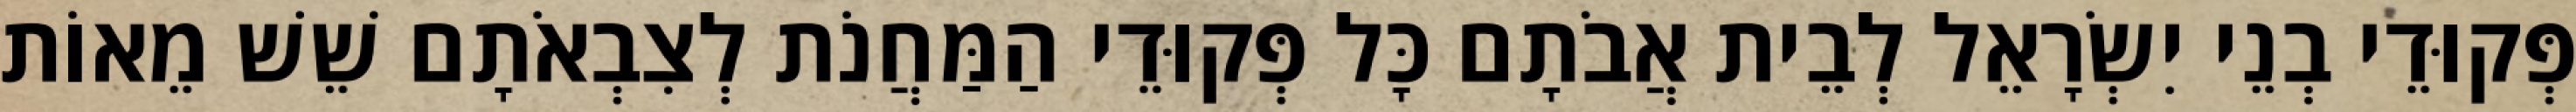
פְּקוּדֵי בְנֵי יִשְׂרָאֵל לְבֵית אֲבֹתָם כָּל פְּקוּדֵי הַמַּחֲנֹת לְצִבְאֹתָם שֵׁשׁ מֵאוֹת